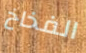
الفخاخ